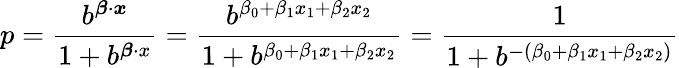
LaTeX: p={\frac{b^{{\boldsymbol{\beta}}\cdot{\boldsymbol{x}}}}{1+b^{{\boldsymbol{\beta}}\cdot x}}}={\frac{b^{\beta_{0}+\beta_{1}x_{1}+\beta_{2}x_{2}}}{1+b^{\beta_{0}+\beta_{1}x_{1}+\beta_{2}x_{2}}}}={\frac{1}{1+b^{-(\beta_{0}+\beta_{1}x_{1}+\beta_{2}x_{2})}}}